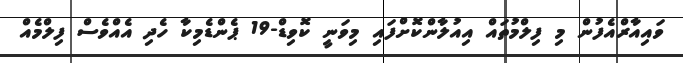
ވައިއާރްއެފުން މި ފިލްމުތައް އިއުލާންކޮށްފައި މިވަނީ ކޮވިޑް-19 ޕެންޑެމިކާ ހެދި އެއްވެސް ފިލްމެއް